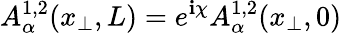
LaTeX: A_{\alpha}^{1,2}(x_{\perp},L)=e^{\mathbf{i}\chi}A_{\alpha}^{1,2}(x_{\perp},0)